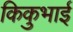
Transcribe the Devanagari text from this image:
किकुभाई